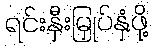
ရင်းနှီးမြှုပ်နှံဖို့